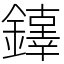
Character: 𨬕